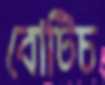
বোটিচ